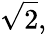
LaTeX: {\sqrt{2}},